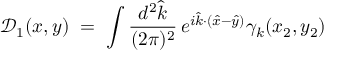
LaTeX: { \mathcal D } _ { 1 } ( x , y ) \; = \; \int \frac { d ^ { 2 } { \hat { k } } } { ( 2 \pi ) ^ { 2 } } \, e ^ { i { \hat { k } } \cdot ( { \hat { x } } - { \hat { y } } ) } \gamma _ { k } ( x _ { 2 } , y _ { 2 } )